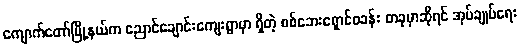
ကျောက်တော်မြို့နယ်က ညောင်ချောင်းကျေးရွာမှာ ရှိတဲ့ စစ်ဘေးရှောင်စခန်း တခုမှာဆိုရင် အုပ်ချုပ်ရေး